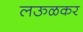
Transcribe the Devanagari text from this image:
लऊळकर